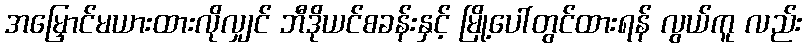
အမြှောင်မယားထားလိုလျှင် ဘီဒိုယင်စခန်းနှင့် မြို့ပေါ်တွင်ထားရန် လွယ်ကူ လည်း